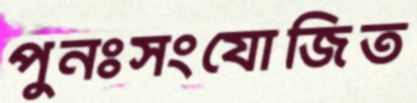
পুনঃসংযোজিত